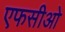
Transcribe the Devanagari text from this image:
एफसीओ